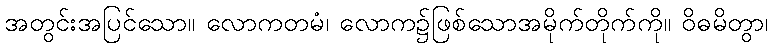
အတွင်းအပြင်သော။ လောကတမံ၊ လောက၌ဖြစ်သောအမိုက်တိုက်ကို။ ဝိဓမိတွာ၊